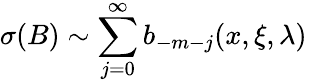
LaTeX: \sigma(B)\sim\sum_{j=0}^{\infty}b_{-m-j}(x,\xi,\lambda)\,